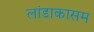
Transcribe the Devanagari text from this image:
लांडाकासम